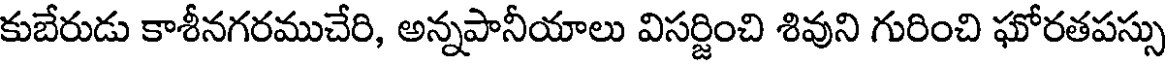
కుబేరుడు కాశీనగరముచేరి, అన్నపానీయాలు విసర్జించి శివుని గురించి ఘోరతపస్సు